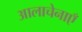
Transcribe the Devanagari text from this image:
आलाचेनाएँ